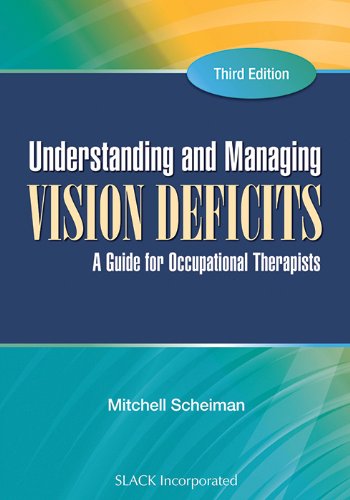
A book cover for Understanding and Managing Vision Deficits: A Guide for Occupational Therapists; Mitchell Scheiman OD  FCOVD  FAAO; Medical Books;